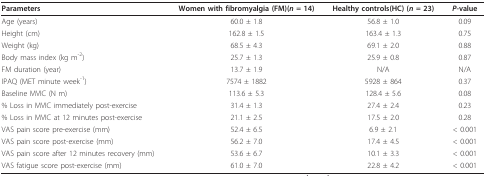
<table><thead><tr><td><b>Parameters</b></td><td><b>Women with fibromyalgia (FM)(<i>n </i>= 14)</b></td><td><b>Healthy controls(HC) (<i>n </i>= 23)</b></td><td><b><i>P</i>-value</b></td></tr></thead><tbody><tr><td>Age (years)</td><td>60.0 ± 1.8</td><td>56.8 ± 1.0</td><td>0.09</td></tr><tr><td>Height (cm)</td><td>162.8 ± 1.5</td><td>163.4 ± 1.3</td><td>0.75</td></tr><tr><td>Weight (kg)</td><td>68.5 ± 4.3</td><td>69.1 ± 2.0</td><td>0.88</td></tr><tr><td>Body mass index (kg m<sup>-2</sup>)</td><td>25.7 ± 1.3</td><td>25.9 ± 0.8</td><td>0.87</td></tr><tr><td>FM duration (year)</td><td>13.7 ± 1.9</td><td>N/A</td><td>N/A</td></tr><tr><td>IPAQ (MET minute week<sup>-1</sup>)</td><td>7574 ± 1882</td><td>5928 ± 864</td><td>0.37</td></tr><tr><td>Baseline MVIC (N m)</td><td>113.6 ± 5.3</td><td>128.4 ± 5.6</td><td>0.08</td></tr><tr><td>% Loss in MVIC immediately post-exercise</td><td>31.4 ± 1.3</td><td>27.4 ± 2.4</td><td>0.23</td></tr><tr><td>% Loss in MVIC at 12 minutes post-exercise</td><td>21.1 ± 2.5</td><td>17.5 ± 2.0</td><td>0.28</td></tr><tr><td>VAS pain score pre-exercise (mm)</td><td>52.4 ± 6.5</td><td>6.9 ± 2.1</td><td>&lt; 0.001</td></tr><tr><td>VAS pain score post-exercise (mm)</td><td>56.2 ± 7.0</td><td>17.4 ± 4.5</td><td>&lt; 0.001</td></tr><tr><td>VAS pain score after 12 minutes recovery (mm)</td><td>53.6 ± 6.7</td><td>10.1 ± 3.3</td><td>&lt; 0.001</td></tr><tr><td>VAS fatigue score post-exercise (mm)</td><td>61.0 ± 7.0</td><td>22.8 ± 4.2</td><td>&lt; 0.001</td></tr></tbody></table>